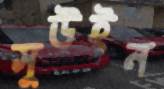
সুউইন